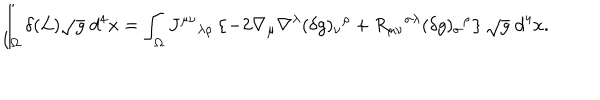
\int _ { \Omega } \delta ( { \cal L } ) \sqrt { g } \; d ^ { 4 } x = \int _ { \Omega } J ^ { \mu \nu } { } _ { \lambda \rho } \left\{ - 2 \nabla _ { \mu } \nabla ^ { \lambda } ( \delta g ) _ { \nu } { } ^ { \rho } + R _ { \mu \nu } { } ^ { \sigma \lambda } ( \delta g ) _ { \sigma } { } ^ { \rho } \right\} \sqrt { g } \; d ^ { 4 } x .